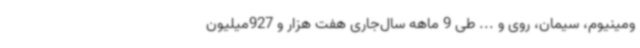
ومینیوم، سیمان، روی و ... طی 9 ماهه سال‌جاری هفت هزار و 927میلیون